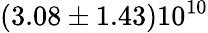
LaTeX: (3.08\pm 1.43)10^{10}